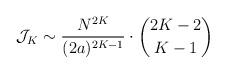
LaTeX: \begin{align*}\mathcal J_K \sim \dfrac{N^{2K}}{(2a)^{2K-1}} \cdot \binom{2K-2}{K-1}\end{align*}